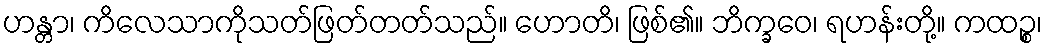
ဟန္တာ၊ ကိလေသာကိုသတ်ဖြတ်တတ်သည်။ ဟောတိ၊ ဖြစ်၏။ ဘိက္ခဝေ၊ ရဟန်းတို့။ ကထဉ္စ၊